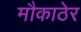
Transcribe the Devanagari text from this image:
मौकाठेर